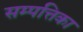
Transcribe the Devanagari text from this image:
सम्पत्तिका